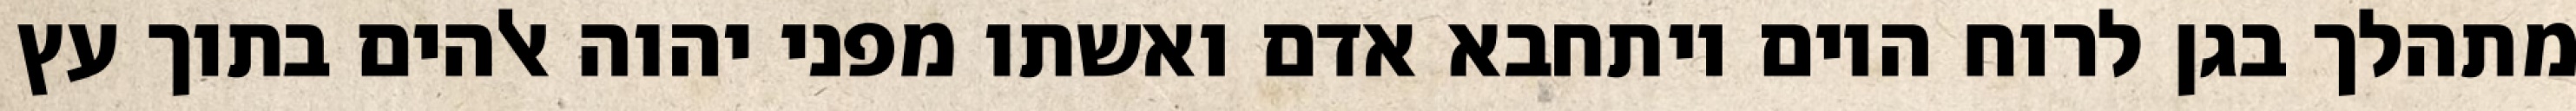
מתהלך בגן לרוח היום ויתחבא אדם ואשתו מפני יהוה אלהים בתוך עץ